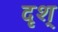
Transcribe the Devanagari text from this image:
दृश्